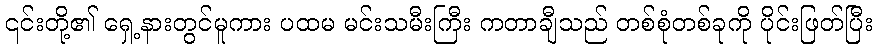
၎င်းတို့၏ ရှေ့နားတွင်မူကား ပထမ မင်းသမီးကြီး ကတာချီသည် တစ်စုံတစ်ခုကို ပိုင်းဖြတ်ပြီး